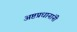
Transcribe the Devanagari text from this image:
अष्टप्रधानांनी